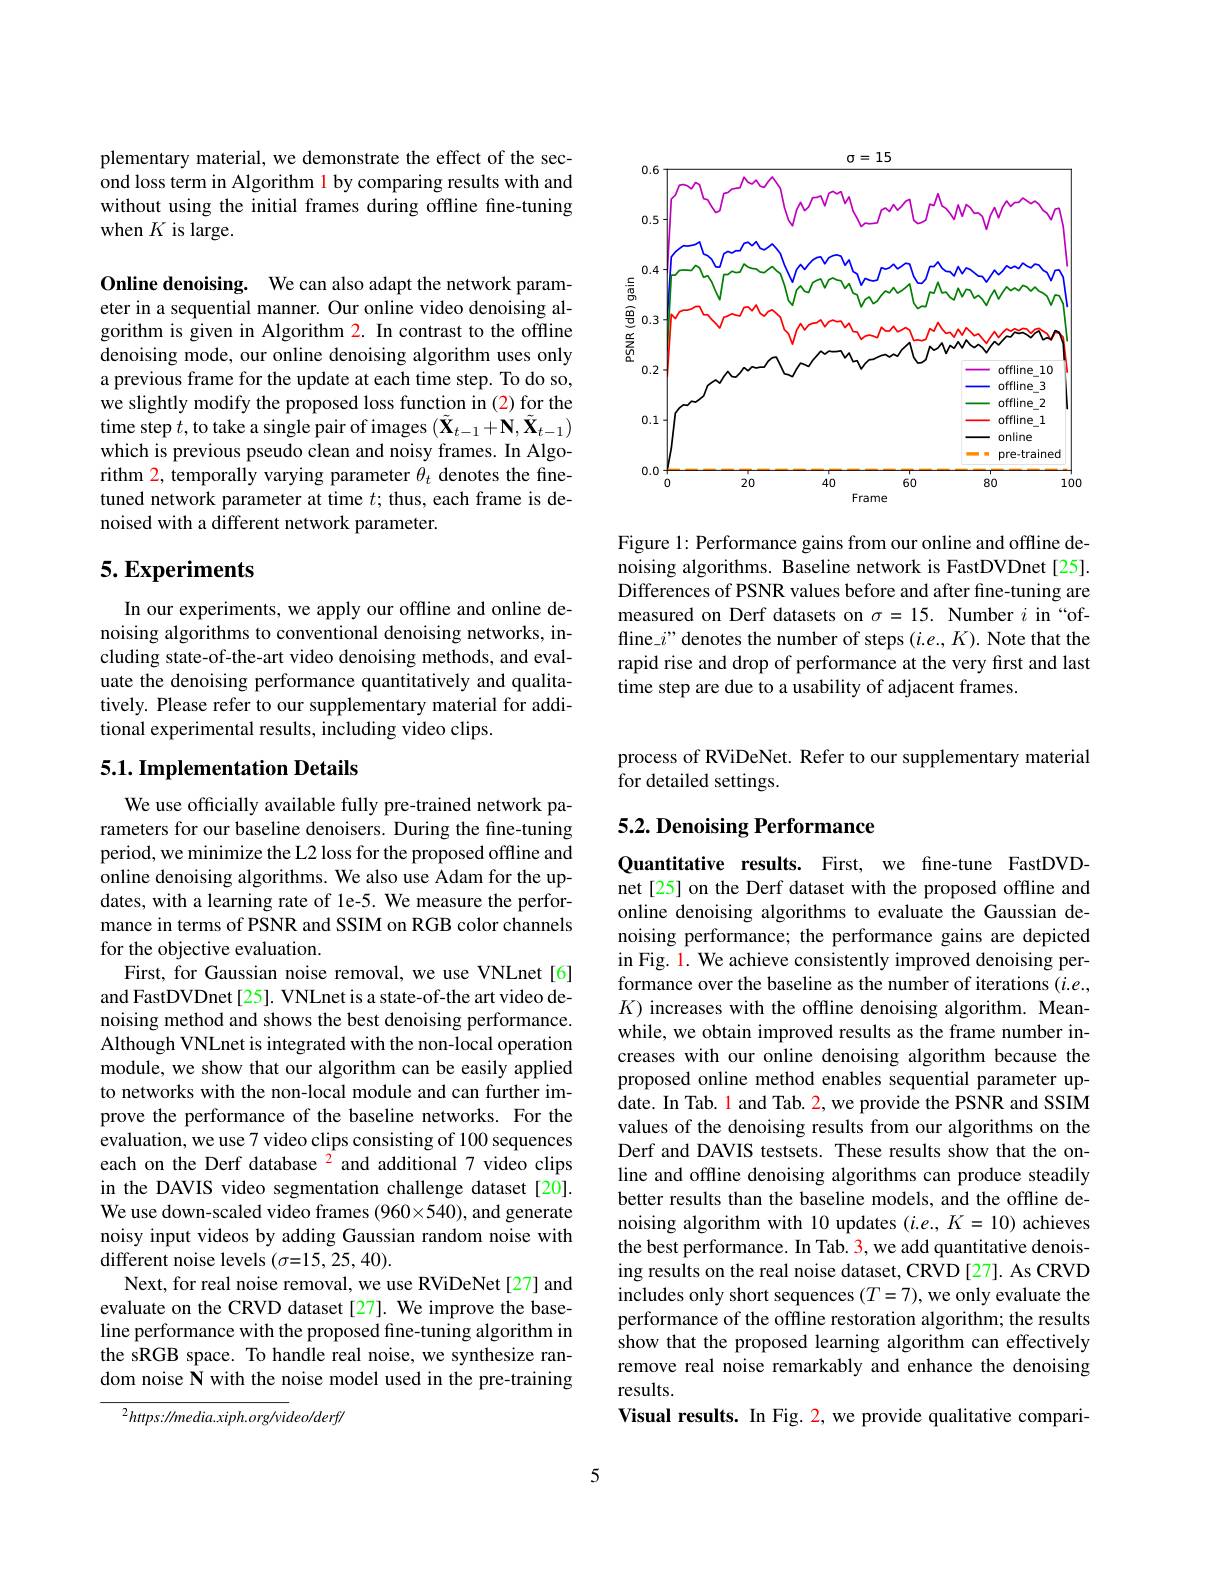
<FigureHere>

Figure 1: Performance gains from our online and offline denoising algorithms. Baseline network is FastDVDnet [25]. Differences of PSNR values before and after fine-tuning are measured on Derf datasets on $\sigma=15.$ Number $i$ in “offline\_$i’’$ denotes the number of steps $(i.e.,K).$ Note that the rapid rise and drop of performance at the very first and last time step are due to a usability of adjacent frames.

plementary material, we demonstrate the effect of the second loss term in Algorithm l by comparing results with and without using the initial frames during offline fine-tuning when $K$ is large.

Online denoising. We can also adapt the network parameter in a sequential manner. Our online video denoising algorithm is given in Algorithm 2. In contrast to the offline denoising mode, our online denoising algorithm uses only a previous frame for the update at each time step. To do so, we slightly modify the proposed loss function in (2) for the time step $t$,to take a single pair of images $(\tilde{\mathbf{X}}_{t-1}+\mathbf{N},\tilde{\mathbf{X}}_{t-1})$ which is previous pseudo clean and noisy frames. In Algorithm 2, temporally varying parameter $\dot{\theta}_t$ denotes the finetuned network parameter at time $t;$ thus, each frame is denoised with a different network parameter.

## $5. \textbf{Experiments}$

In our experiments, we apply our offline and online denoising algorithms to conventional denoising networks, including state-of-the-art video denoising methods, and evaluate the denoising performance quantitatively and qualitatively. Please refer to our supplementary material for additional experimental results, including video clips.

## 5.1. Implementation Details

We use officially available fully pre-trained network parameters for our baseline denoisers. During the fine-tuning period, we minimize the L2 loss for the proposed offline and online denoising algorithms. We also use Adam for the updates, with a learning rate of le-5. We measure the performance in terms of PSNR and SSIM on RGB color channels for the objective evaluation.
First, for Gaussian noise removal, we use VNLnet[6] and FastDVDnet[25]. VNLnet is a state-of-the art video denoising method and shows the best denoising performance. Although VNLnet is integrated with the non-local operation module, we show that our algorithm can be easily applied to networks with the non-local module and can further improve the performance of the baseline networks. For the evaluation, we use 7 video clips consisting of 100 sequences each on the Derf database $^{2}$ and additional 7 video clips in the DAVIS video segmentation challenge dataset[20]. We use down-scaled video frames (960×540), and generate noisy input videos by adding Gaussian random noise with different noise levels ($\sigma=15,25,40).$
Next, for real noise removal, we use RViDeNet[27] and evaluate on the CRVD dataset[27]. We improve the baseline performance with the proposed fine-tuning algorithm in the sRGB space. To handle real noise, we synthesize random noise N with the noise model used in the pre-training
$^{2}https://media.xiph.org/video/derf/$

process of RViDeNet. Refer to our supplementary material
for detailed settings.

# 5.2. Denoising Performance

Quantitative results. First, we fine-tune FastDVDnet[25] on the Derf dataset with the proposed offline and online denoising algorithms to evaluate the Gaussian denoising performance; the performance gains are depicted in Fig. l. We achieve consistently improved denoising performance over the baseline as the number of iterations (i.e., $K)$ increases with the offline denoising algorithm. Meanwhile, we obtain improved results as the frame number increases with our online denoising algorithm because the proposed online method enables sequential parameter update. In Tab. l and Tab. 2, we provide the PSNR and SSIM values of the denoising results from our algorithms on the Derf and DAVIS testsets. These results show that the online and offline denoising algorithms can produce steadily better results than the baseline models, and the offline denoising algorithm with 10 updates $(i.e.,K=10)$ achieves the best performance. In Tab. 3, we add quantitative denoising results on the real noise dataset, CRVD [27]. As CRVD includes only short sequences $(T=7)$, we only evaluate the performance of the offline restoration algorithm; the results show that the proposed learning algorithm can effectively remove real noise remarkably and enhance the denoising results.
Visual results. In Fig. 2, we provide qualitative compari-

5